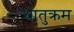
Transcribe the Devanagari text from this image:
धातुक्रम